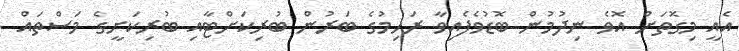
އެއީ މިގޮތަށް އޮވެ ނިދުމުން ބޮޑުވެފެއިވާ ރަހިމުގެ ބަރުން ބުރިކަށްޓާއި ބުރިކަށީގެ މަސްތައް